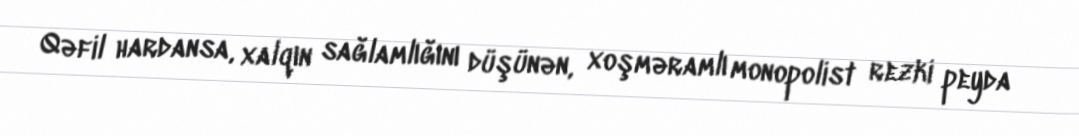
Qəfil hardansa, xalqın sağlamlığını düşünən, xoşməramlı monopolist rezki peyda